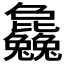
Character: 𣬚